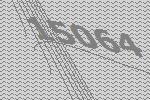
15064